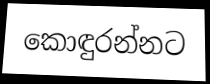
කොඳුරන්නට